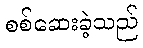
စစ်ဆေးခဲ့သည်